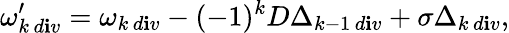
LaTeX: \omega_{k\, d\mathbf{i}v}^{\prime}=\omega_{k\, d\mathbf{i}v}-(-1)^{k}D\Delta_{k-1\, d\mathbf{i}v}+\sigma\Delta_{k\, d\mathbf{i}v},